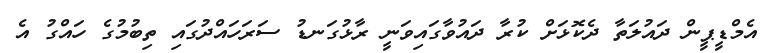
އެމްޑީޕީން ދައުލަތާ ދެކޮޅަށް ކުރާ ދައުވާގައިވަނީ ރާޅުގަނޑު ސަރަހައްދުގައި ތިބުމުގެ ހައްގު އެ